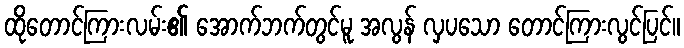
ထိုတောင်ကြားလမ်း၏ အောက်ဘက်တွင်မူ အလွန် လှပသော တောင်ကြားလွင်ပြင်။